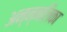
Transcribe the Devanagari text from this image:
अन्न्नलिका